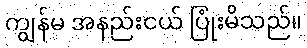
ကျွန်မ အနည်းငယ် ပြုံးမိသည်။